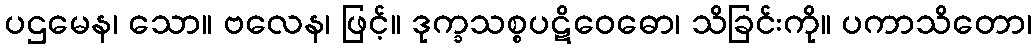
ပဌမေန၊ သော။ ဗလေန၊ ဖြင့်။ ဒုက္ခသစ္စပဋိဝေဓော၊ သိခြင်းကို။ ပကာသိတော၊